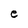
Character: e